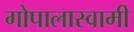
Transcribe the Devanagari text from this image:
गोपालास्वामी